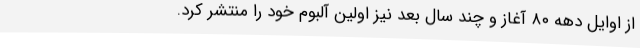
از اوایل دهه ۸۰ آغاز و چند سال بعد نیز اولین آلبوم خود را منتشر کرد.